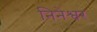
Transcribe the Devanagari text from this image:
निनेश्वर